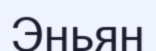
Эньян